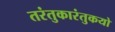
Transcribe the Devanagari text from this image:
तरंतुकारंतुकयो